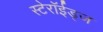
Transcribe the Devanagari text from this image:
स्टेरॉईड्ज